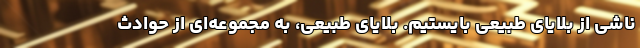
ناشی از بلایای طبیعی بایستیم. بلایای طبیعی، به مجموعه‌ای از حوادث